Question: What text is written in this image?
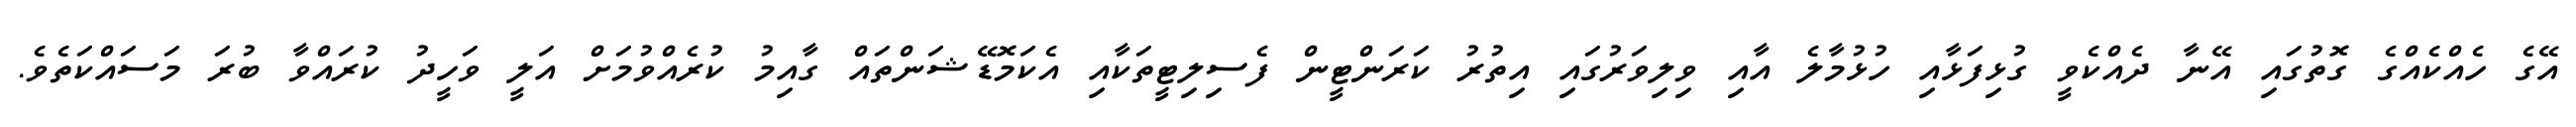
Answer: އޭގެ ހެއްކެއްގެ ގޮތުގައި އޭނާ ދެއްކެވީ ގުޅިފަޅާއި ހުޅުމާލެ އާއި ވިލިވަރުގައި އިތުރު ކަރަންޓީން ފެސިލިޓީތަކާއި އެކަމޮޑޭޝަންތައް ގާއިމު ކުރެއްވުމަށް އަލީ ވަހީދު ކުރައްވާ ބުރަ މަސައްކަތެވެ.